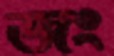
জং